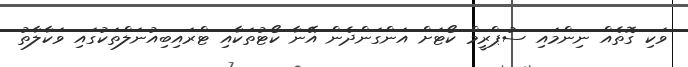
ވަކި ގޮތެއް ނިންމައި ސުޕްރީމް ކޯޓަށް އަންގަންދެން އޭނާ ކޯޓުތަކާއި ޓްރައިބިއުނަލްތަކުގައި ވަކާލާތު